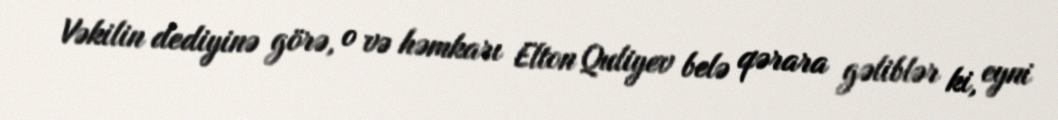
Vəkilin dediyinə görə, o və həmkarı Elton Quliyev belə qərara gəliblər ki, eyni